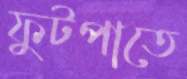
ফুটপাতে